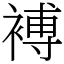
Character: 䙏